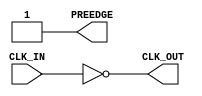
module ClockInverter(CLK_IN, PREEDGE,  CLK_OUT);

   input     CLK_IN;            // input clock
   output    PREEDGE;           // output signal announcing an upcoming edge
   output    CLK_OUT;           // output clock

   wire      CLK_OUT;
   wire      PREEDGE;
   
   assign    CLK_OUT = ! CLK_IN ;
   assign    PREEDGE = 1 ;
   
endmodule